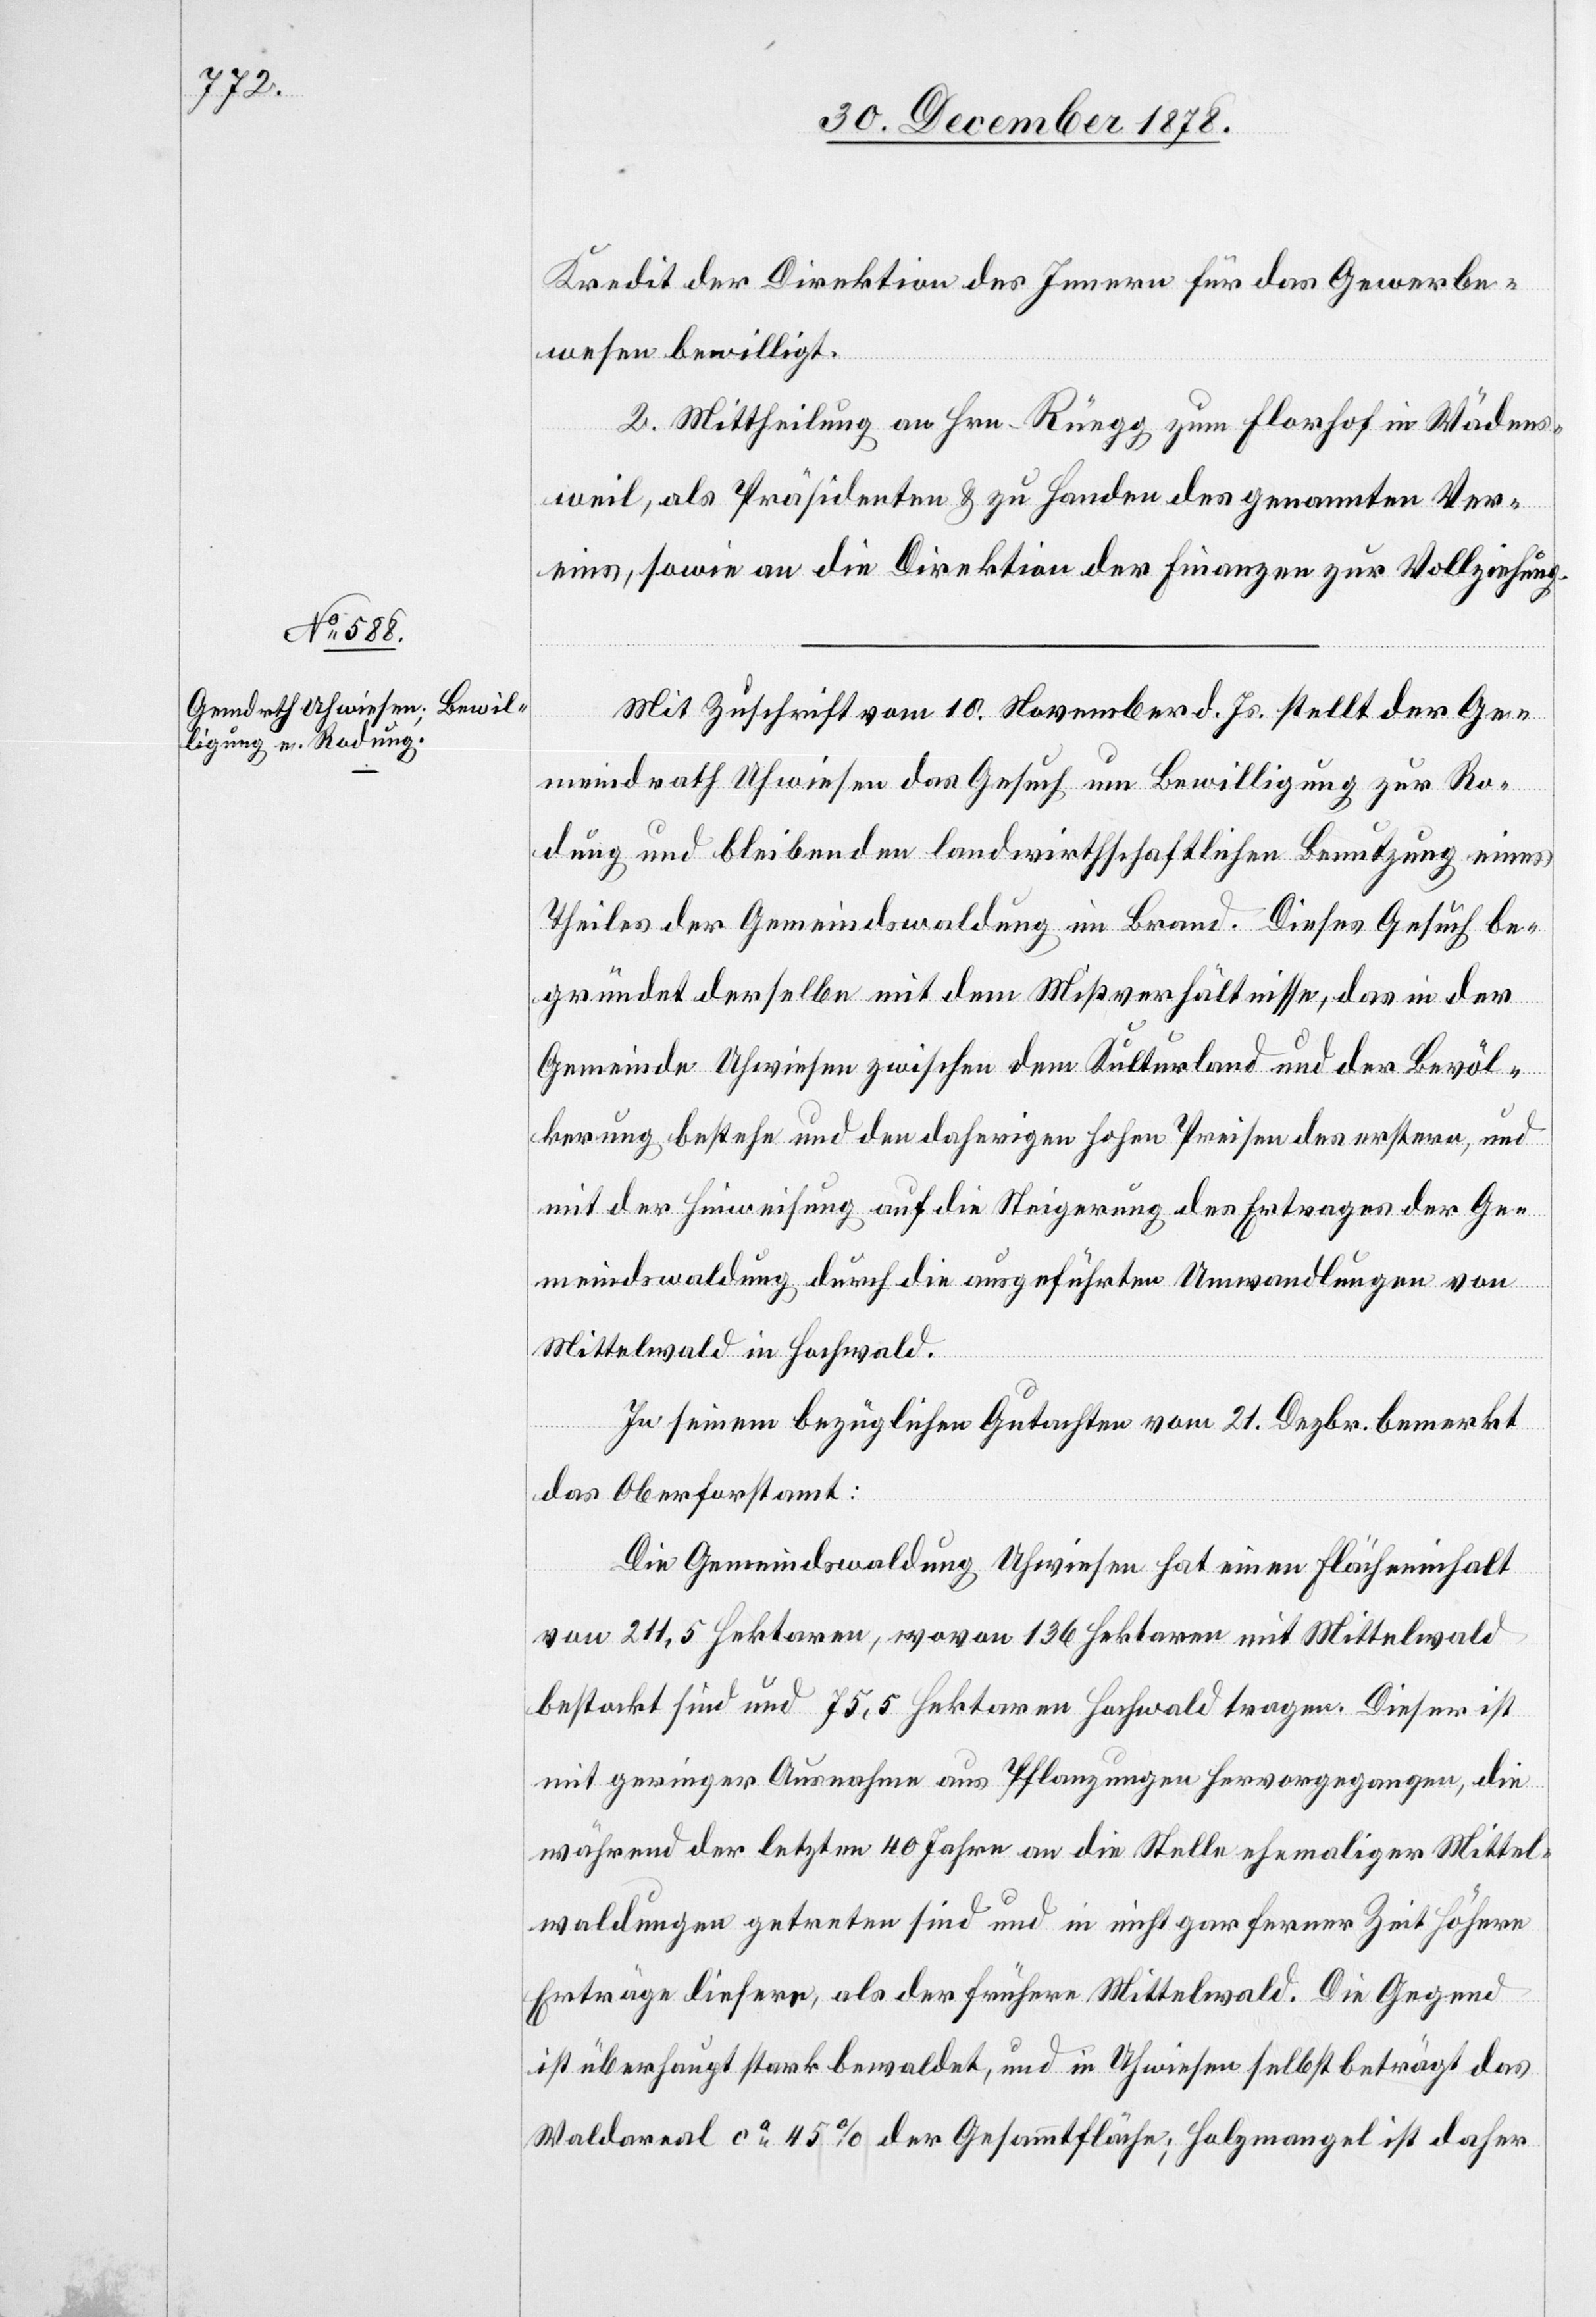
Kredit der Direktion des Innern für das Gewerbe¬
wesen bewilligt.
2. Mittheilung an Hrn. Rüegg zum Florhof in Wädens¬
weil, als Präsidenten & zu Handen des genannten Ver¬
eins, sowie an die Direktion der Finanzen zur Vollziehung.
Mit Zuschrift vom 10. November d. Js. stellt der Ge¬
meindrath Uhwiesen das Gesuch um Bewilligung zur Ro¬
dung du bleibenden landwirthschaftlichen Benutzung eines
Theiles der Gemeindswaldung im Brand. Dieses Gesuch be¬
gründet derselbe mit dem Mißverhältnisse, das in der
Gemeinde Uhwiesen zwischen dem Kulturland und der Bevöl¬
kerung bestehe und den daherigen hohen Preisen des ersten, und
mit der Hinweisung auf die Steigerung des Ertrages der Ge¬
meindswaldung durch die ausgeführten Umwandlungen von
Mittelwald in Hochwald.
In seinem bezüglichen Gutachten vom 21. Dezbr. bemerkt
das Oberforstamt:
Die Gemeindswaldung Uhwiesen hat einen Flächeninhalt
von 211,5 Hektaren, wovon 136 Hektaren mit Mittelwald
bestockt sind und 75,5 Hektaren Hochwald tragen. Dieser ist
mit geringer Ausnahme aus Pflanzungen hervorgegangen, die
während der letzten 40 Jahren an die Stelle ehemaliger Mittel¬
waldungen getreten sind und in nicht gar ferner Zeit höhere
Erträge liefern, als der frühere Mittelswald. Die Gegend
ist überhaupt stark bewaldet, und in Uhwiesen selbst beträgt das
Waldareal ca 45% der Gesammtfläche; Holzmangel ist daher